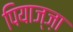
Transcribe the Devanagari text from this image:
पियाज्ज़ा